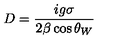
D = \frac { i g \sigma } { 2 \beta \cos \theta _ { W } }